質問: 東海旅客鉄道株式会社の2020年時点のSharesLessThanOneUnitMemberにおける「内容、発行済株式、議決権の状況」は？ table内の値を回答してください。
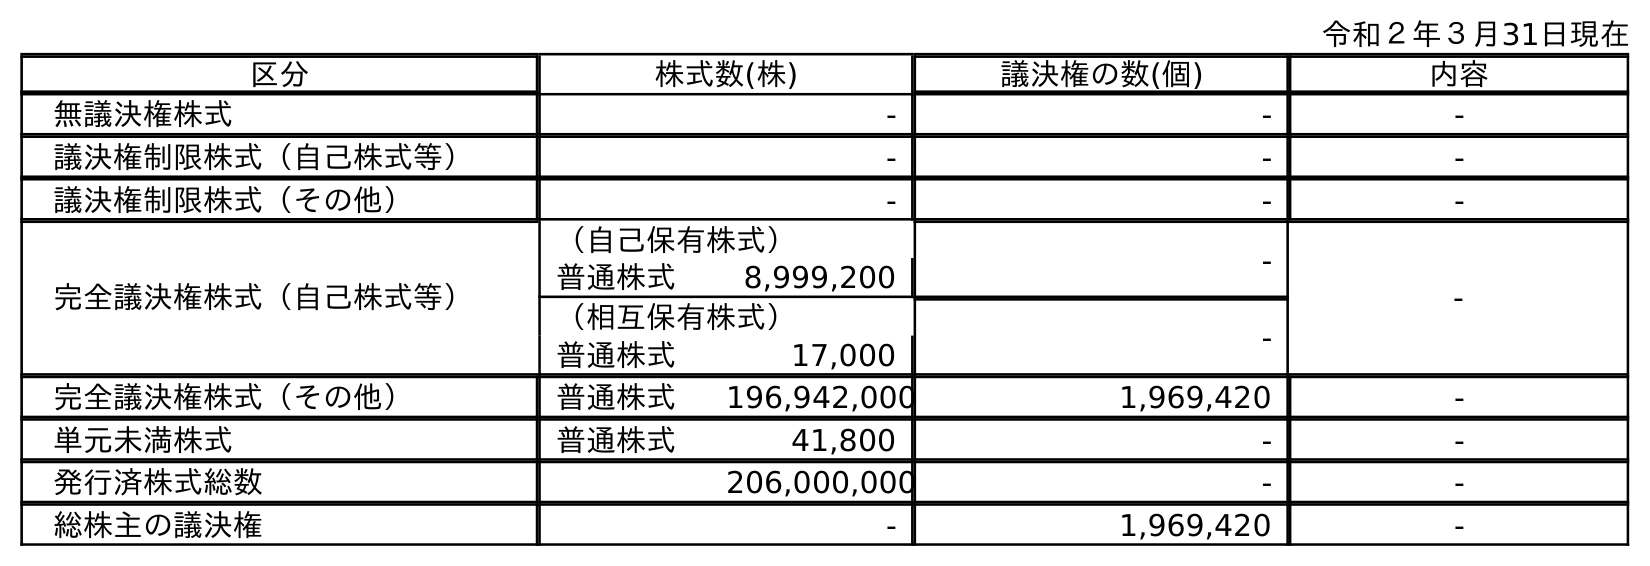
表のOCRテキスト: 令和２年３月31日現在 区分 株式数(株) 議決権の数(個) 内容 無議決権株式 - - - 議決権制限株式（自己株式等） - - - 議決権制限株式（その他） - - - 完全議決権株式（自己株式等） （自己保有株式） - - 普通株式 8,999,200 （相互保有株式） - 普通株式 17,000 完全議決権株式（その他） 普通株式 196,942,000 1,969,420 - 単元未満株式 普通株式 41,800 - - 発行済株式総数 206,000,000 - - 総株主の議決権 - 1,969,420 -
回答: -